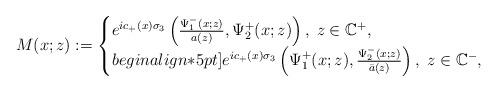
LaTeX: \begin{align*} M(x ;z):=\begin{cases} e^{ic_+(x)\sigma_3}\left(\frac{\Psi_1^-(x ; z)}{a(z)},\Psi^+_2(x ;z)\right), \; z\in \mathbb{C}^+,\\begin{align*}5pt] e^{ic_+(x)\sigma_3}\left(\Psi_1^+(x ; z), \frac{\Psi^-_2(x;z)}{\bar{a}(z)}\right), \; z\in \mathbb{C}^-, \end{cases} \end{align*}